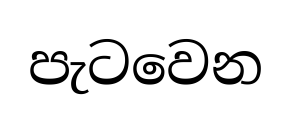
පැටවෙන